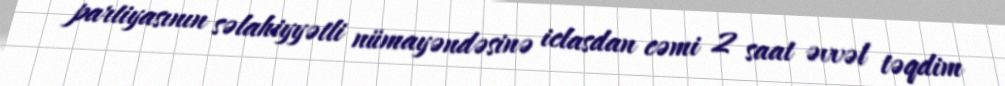
partiyasının səlahiyyətli nümayəndəsinə iclasdan cəmi 2 saat əvvəl təqdim